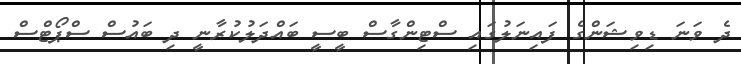
ދެ ވަނަ ޑިވިޝަންގެ ފައިނަލުގައި ސްޓިންގާސް ބީސީ ބައްދަލުކުރާނީ ދި ބައުސް ސްޕޯޓްސް